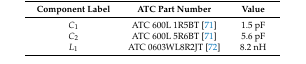
<table><thead><tr><td><b>Component Label</b></td><td><b>ATC Part Number</b></td><td><b>Value</b></td></tr></thead><tbody><tr><td><i>C</i><sub>1</sub></td><td>ATC 600L 1R5BT [71]</td><td>1.5 pF</td></tr><tr><td><i>C</i><sub>2</sub></td><td>ATC 600L 5R6BT [71]</td><td>5.6 pF</td></tr><tr><td><i>L</i><sub>1</sub></td><td>ATC 0603WL8R2JT [72]</td><td>8.2 nH</td></tr></tbody></table>